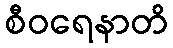
စီဝရေနာတိ